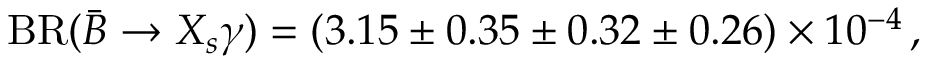
\mathrm { B R } ( \bar { B } \to X _ { s } \gamma ) = ( 3 . 1 5 \pm 0 . 3 5 \pm 0 . 3 2 \pm 0 . 2 6 ) \times 1 0 ^ { - 4 } \, ,